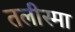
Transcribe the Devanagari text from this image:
तलीस्‍मा